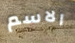
الاسم